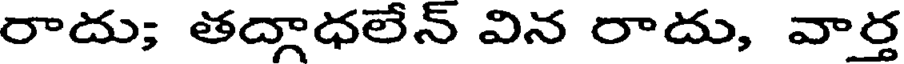
రాదు; తద్గాధలేన్ విన రాదు, వార్త